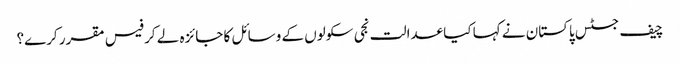
چیف جسٹس پاکستان نے کہا کیا عدالت نجی سکولوں کے وسائل کا جائزہ لے کر فیس مقرر کرے؟